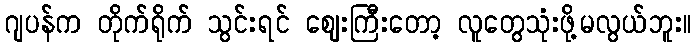
ဂျပန်က တိုက်ရိုက် သွင်းရင် ဈေးကြီးတော့ လူတွေသုံးဖို့မလွယ်ဘူး။